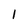
Character: 1